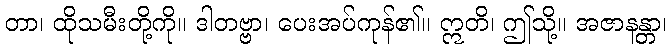
တာ၊ ထိုသမီးတို့ကို။ ဒါတဗ္ဗာ၊ ပေးအပ်ကုန်၏။ ဣတိ၊ ဤသို့။ အဇာနန္တာ၊